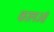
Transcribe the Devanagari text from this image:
कालओं